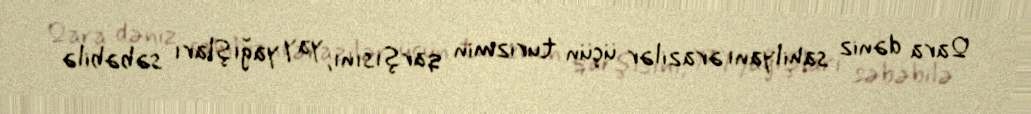
Qara dəniz sahilyanı ərazilər üçün turizmin qarşısını, yay yağışları səbəbilə